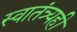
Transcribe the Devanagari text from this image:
स्वातंत्र्यही